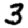
Digit: 3